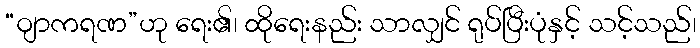
“ဝျာကရဏ”ဟု ရေး၏၊ ထိုရေးနည်း သာလျှင် ရုပ်ပြီးပုံနှင့် သင့်သည်၊